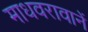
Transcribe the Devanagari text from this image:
माधवरावानें